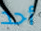
أحد